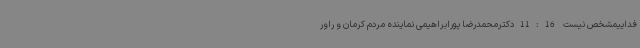
فداییمشخص نیست 11:16دکترمحمدرضا پورابراهیمی نماینده مردم کرمان و راور